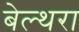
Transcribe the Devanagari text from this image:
बेल्‍थरा